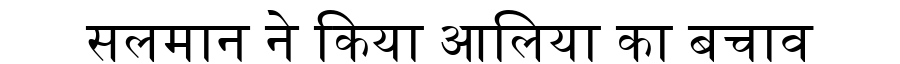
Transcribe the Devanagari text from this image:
सलमान ने किया आलिया का बचाव